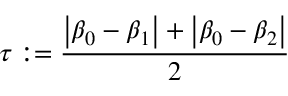
\tau : = \frac { \left| \beta _ { 0 } - \beta _ { 1 } \right| + \left| \beta _ { 0 } - \beta _ { 2 } \right| } { 2 }